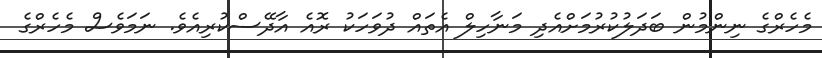
މެހެރްގެ ނިންމުން ބަދަލުކުރުމަށްއެދި މަނާހިލް އެތައް ދުވަހަކު ރޮއެ އާދޭސްކުރިއެވެ. ނަމަވެސް މެހެރްގެ